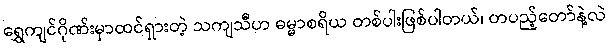
ရွှေကျင်ဂိုဏ်းမှာထင်ရှားတဲ့ သကျသီဟ ဓမ္မာစရိယ တစ်ပါးဖြစ်ပါတယ်၊ တပည့်တော်နဲ့လဲ